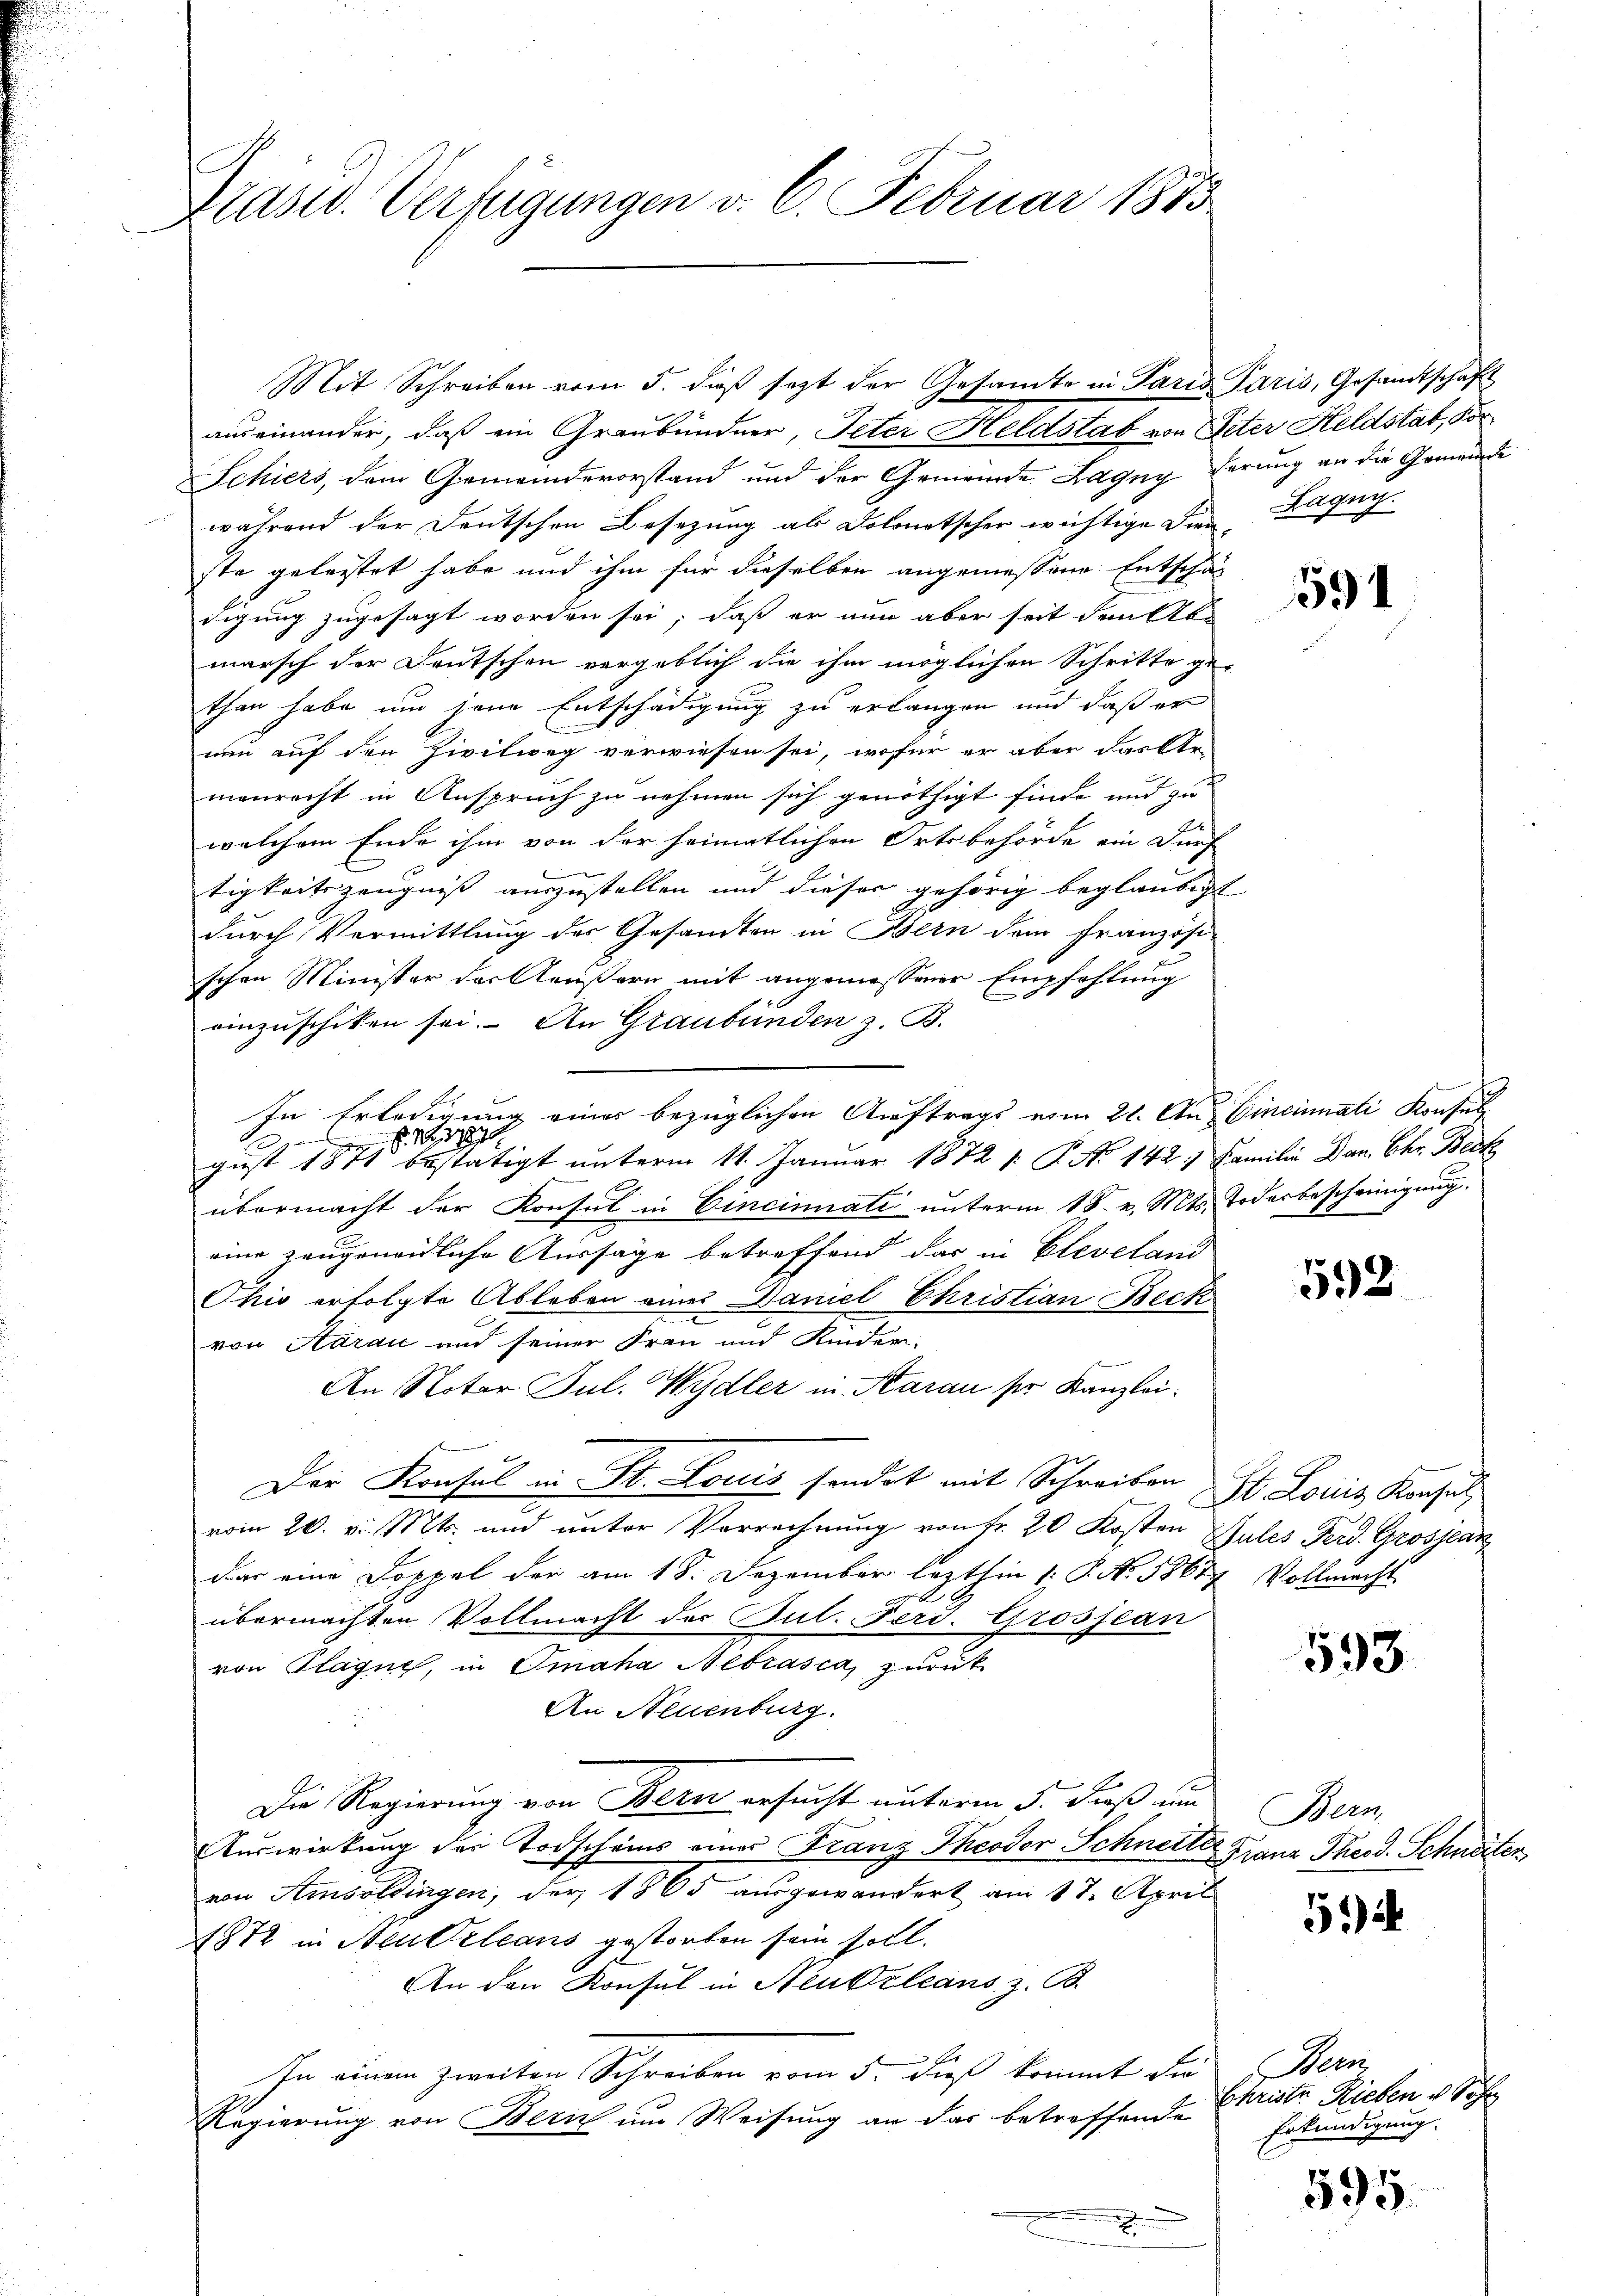
Prasiv. Verfügungen v. 6. Februar 1883

auseinander, daß ein Graubündner, Peter Heldstab von Peter Heldstat, Kor¬
Schiers, dem Gemeindevorstand und der Gemeinde Lagny ferung an die Gemeinde
während der Deutschen Besetzung als Dolonatscher wichtige Sien, Lagny.
ste geleistet habe und ihm für dieselben angemessene Entschäf
digung zugesagt worden sei, daß er nun aber seit denkte
marsch der Deutschen vergeblich die ihm möglichen Schritte ge-
than habe um jene Entschädigung zu erlangen und daß er
nun auf den Zivilweg verwiesen sei, wofür er aber das Ver-
manrecht in Anspruch zu nehmen sich genöthigt finde und zu
welchem Ende ihm von der heimatlichen Ortsbehörde ein durf
tigkeitszeugniss auszustellen und dieser gehörig beglaubigt
durch Vermittlung des Gesandten in Bern dem Französi-
schen Minister der Aeußern mit angemessener Empfehlung
einzuschiken sei. An Graubünden z. B.
In Erledigung eines bezüglichen Auftrags vom 21. Aus Eincinati Konsul
gust 1871 bestätigt unterm 11. Januar 1872 /. P. No 142) Familie Dan. Chr. Beck
übermacht der Konsul in Cincinati unterm 18. v. Mts. Todesbescheinigung.
eine gangeneidliche Aussage betreffend das in Cleveland
Ohio erfolgte Ableben eines Daniel Christian Beck
von Aarau und seiner Frau und Kinder-
An Notar Jul. Wydler in Aarau ser Kanzlei¬
Der Konsul in St. Louis sondet mit Schreiben St. Louis Konsul
vom 20. v. Mts. und unter Verrechnung von Fr. 20 Kosten Sules Ferd. Grossar
Dar eine Doppel der am 18. Dezember lezthin 1. P. No. 58677 Vollmacht
übermachten Vollmacht der Jul. Ferd. Grossean
von Plagne, in Omaha Aebrasca, zurück
An Neuenburg.
Die Regierung von Bern ersucht unterm 5. Fuß um Bern
Auswirkung der Todscheins einer Franz Theodor Schneiter Franz Theod. Schneiter
von Amsoldingen, der 1865 ausgewandert am 17. April
1872 in Neudrleans gestorben sein soll.
An den Konsul in Neubrleans z. B.
In einem zweiten Schreiben vom 5. Dieß kommt die Beri
Regierung von Bern um Weisung an das betreffende

Mit Schreiben vom 5. dieß sezt der Gesamte in Paris Paris, Gesandtschaft

591

592

593.

51)

Christe Rieben u. Söhn
Erkundigung.

595.